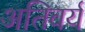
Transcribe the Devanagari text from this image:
अतिवर्य